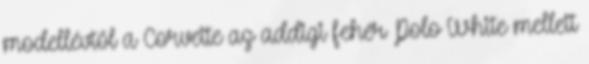
modellévtől a Corvette az addigi fehér Polo White mellett